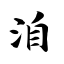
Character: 洎